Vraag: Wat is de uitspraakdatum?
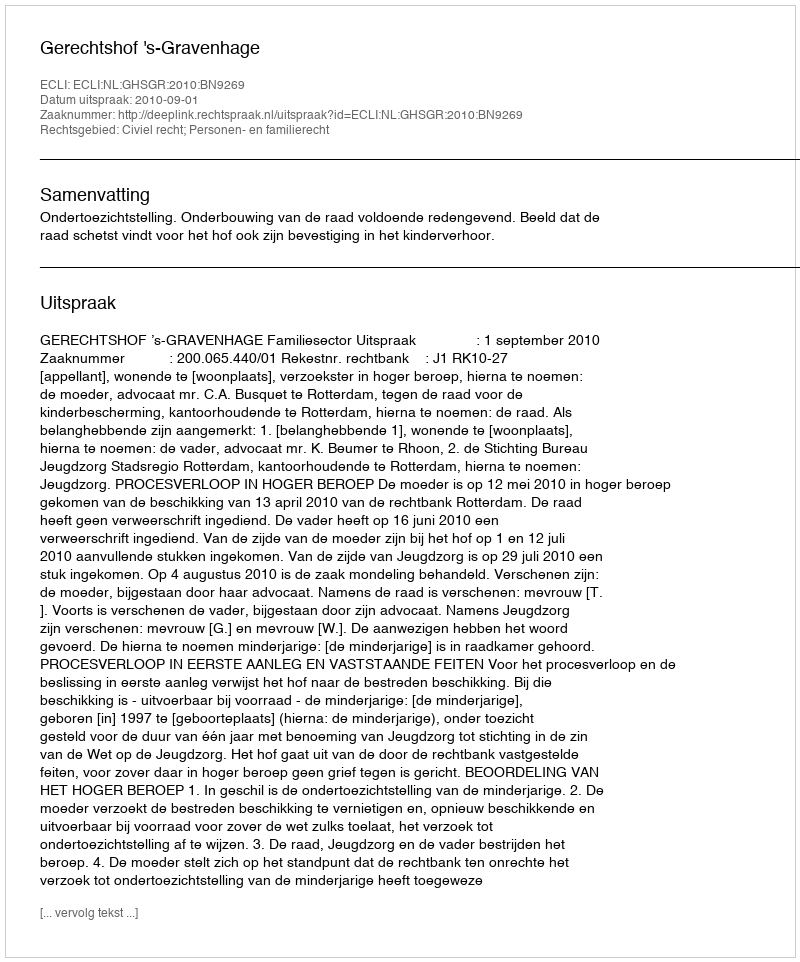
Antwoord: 2010-09-01